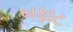
બફાટ